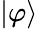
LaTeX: |\varphi\rangle